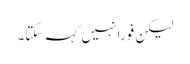
لیکن فوراً نہیں کہہ سکتا۔